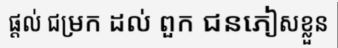
ផ្តល់ ជម្រក ដល់ ពួក ជនភៀសខ្លួន